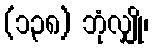
(၁၃၈) ဘုံလျှို၊